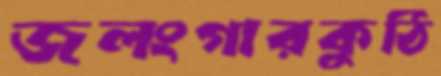
জলংগারকুঠি